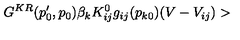
G ^ { K R } ( p _ { 0 } ^ { \prime } , p _ { 0 } ) \beta _ { k } K _ { i j } ^ { 0 } g _ { i j } ( p _ { k 0 } ) ( V - V _ { i j } ) >